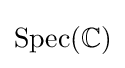
{\text{Spec}}(\mathbb {C} )